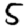
Digit: 5